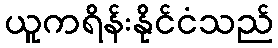
ယူကရိန်းနိုင်ငံသည်